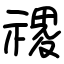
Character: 禝